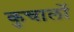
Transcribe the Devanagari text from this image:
कुचालों